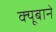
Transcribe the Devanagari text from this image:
क्यूबाने